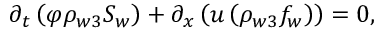
\begin{array} { r } { \partial _ { t } \left( \varphi \rho _ { w 3 } S _ { w } \right) + \partial _ { x } \left( u \left( \rho _ { w 3 } f _ { w } \right) \right) = 0 , } \end{array}